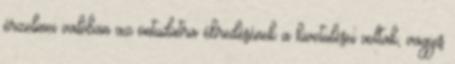
érzelmei valóban az öntudatra ébredésének a kivetülései voltak, vagyis